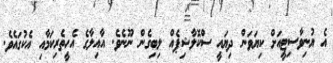
އެ ޔުނިވާސިޓީއަށް ކިޔަވަން ދިޔައީ ސްކޮލާޝިޕެއް ލިބިގެން ނޫނެވެ. އާއިލާގެ އެހީތެރިކަމާއި އެކުގައެވެ.